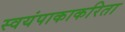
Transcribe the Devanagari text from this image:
स्वयंपाकाकरिता